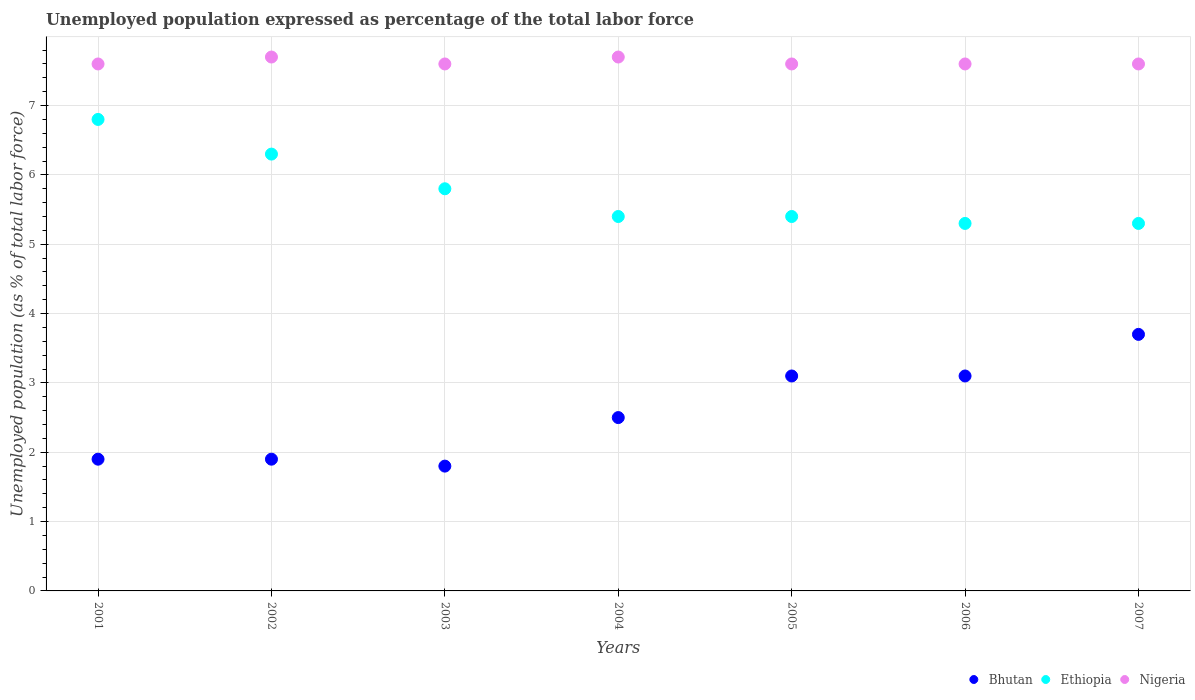
| Years | Bhutan | Ethiopia | Nigeria |
 | --- | --- | --- | --- |
 | 2001 | 1.9 | 6.8 | 7.6 |
 | 2002 | 1.9 | 6.3 | 7.7 |
 | 2003 | 1.8 | 5.8 | 7.6 |
 | 2004 | 2.5 | 5.4 | 7.7 |
 | 2005 | 3.1 | 5.4 | 7.6 |
 | 2006 | 3.1 | 5.3 | 7.6 |
 | 2007 | 3.7 | 5.3 | 7.6 |